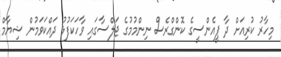
މިހާރު ކުރިއަށް ދާ ޕީއެންސީގެ ކޮންގްރެސް ނިންމުމުގެ ޖަލްސާގައި ވާހަކަފުޅު ދައްކަވަމުން ޝިޔާމް